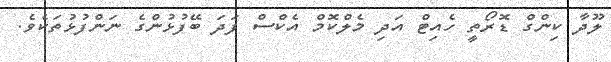
ލޫދާ ކިންގް ޑޮރޯތީ ހެއިޓް އަދި މެލްކޮމް އެކްްސް ފަދަ ބޭފުޅުންގެ ނަންފުޅުތަކެވެ.